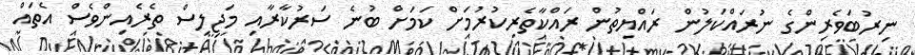
ނިރުބަވެރިންގެ ނުރައްކަލުން ރައްޔިތުން ރައްކާތެރިކުރުމަށް ކަމަށް ބުނެ ސަރުކާރާއި މަޖިލިސް ތެރެއިންވެސް އެތައް